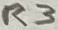
Text: R3